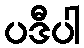
ပဒီပါ